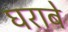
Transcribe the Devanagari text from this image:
घराबे